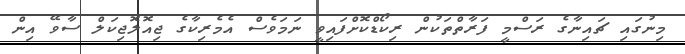
މިނުގައި ޗައިނާގެ ރަސްމީ ފަރާތްތަކުން ރިކޯޑްކޮށްފައިވީ ނަމަވެސް އެމެރިކާގެ ޖިއޮލޮޖިކަލް ސާވޭ އިން